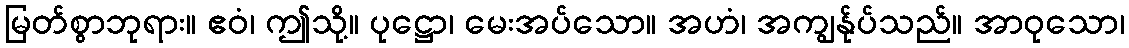
မြတ်စွာဘုရား။ ဧဝံ၊ ဤသို့။ ပုဋ္ဌော၊ မေးအပ်သော။ အဟံ၊ အကျွန်ုပ်သည်။ အာဝုသော၊